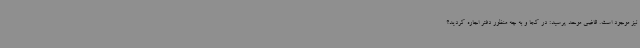
نیز موجود است. قاضی موحد پرسید: در کجا و به چه منظور دفتر اجاره کردید؟